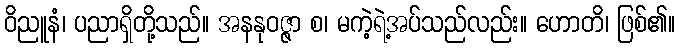
ဝိညူနံ၊ ပညာရှိတို့သည်။ အနနုဝဇ္ဇာ စ၊ မကဲ့ရဲ့အပ်သည်လည်း။ ဟောတိ၊ ဖြစ်၏။